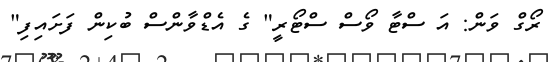
ރޯގް ވަން: އަ ސްޓާ ވޯސް ސްޓޯރީ" ގެ އެޑްވާންސް ބުކިން ފަށައިފި"